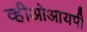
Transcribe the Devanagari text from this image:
व्हीओआयपी